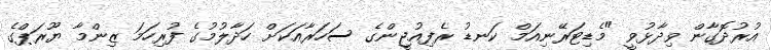
އުރުދޮގާން ވިދާޅުވީ "މެޑިޓަރޭނިއަމް ކަނޑު ރެފިއުޖީންގެ ސަހަރާއަކަށް ހަދާލުމުގެ ފުރިހަމަ ޒިންމާ ޔޫރަޕްގެ